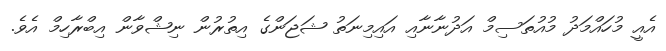
އެއީ މުހައްމަދު މުއުތަސިމް އަދުނާނާއި އައިމިނަތު ޝަޖަންގެ އިތުރުން ނިޝްވާން އިބްރާހިމް އެވެ.